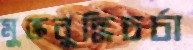
মুক্তবুদ্ধিচর্চা